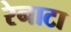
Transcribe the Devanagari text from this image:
रेनाटा